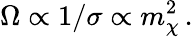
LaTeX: \Omega\propto 1/\sigma\propto m_{\chi}^{2}\, .